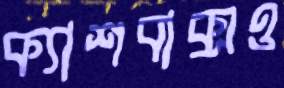
ক্যাশবাক্সও